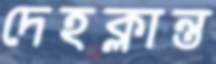
দেহক্লান্ত